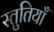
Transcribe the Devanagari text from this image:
स्‍तुतियाँ